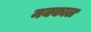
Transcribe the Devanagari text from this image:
नक्काल